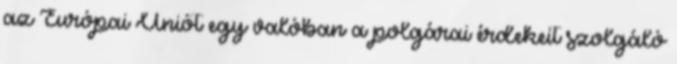
az Európai Uniót egy valóban a polgárai érdekeit szolgáló